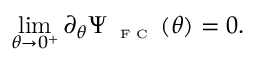
\operatorname* { l i m } _ { \theta \to 0 ^ { + } } \partial _ { \theta } \Psi _ { \textnormal { \tiny { F C } } } ( \theta ) = 0 .